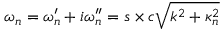
\omega _ { n } = \omega _ { n } ^ { \prime } + i \omega _ { n } ^ { \prime \prime } = s \times c \sqrt { k ^ { 2 } + \kappa _ { n } ^ { 2 } }